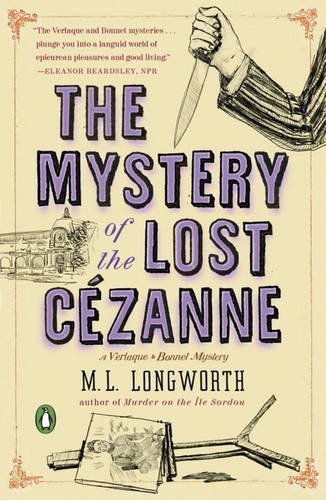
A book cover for The Mystery of the Lost Cezanne: A Verlaque and Bonnet Mystery; M. L. Longworth; Mystery, Thriller & Suspense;